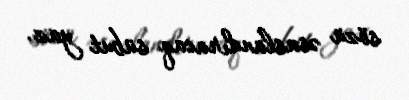
sözü əsaslandıracaq sübut yaz.